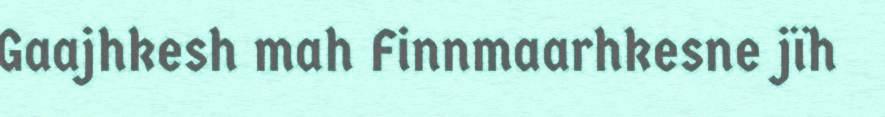
Gaajhkesh mah Finnmaarhkesne jïh